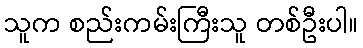
သူက စည်းကမ်းကြီးသူ တစ်ဦးပါ။